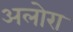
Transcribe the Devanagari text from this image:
अलोरा